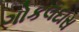
ગોકલદાસ